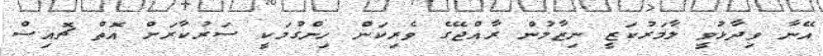
އޭނާ ވިދާޅުވީ ލާމަރުކަޒީ ނިޒާމުން ރާއްޖޭގެ ވެރިކަން ހިންގުމަކީ ސަރުކާރަށް އޮތް ޗޮއިސް